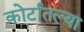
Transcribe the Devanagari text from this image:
कोर्टातल्या